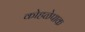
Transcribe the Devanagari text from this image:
कोहळेपाक